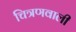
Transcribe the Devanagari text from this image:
चित्रणवाली